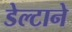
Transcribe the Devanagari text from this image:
डेल्टाने